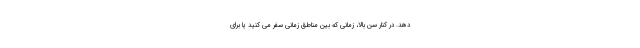
دهد. در کنار سن بالا، زمانی که بین مناطق زمانی سفر می کنید یا برای